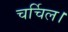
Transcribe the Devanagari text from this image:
चर्चिल।